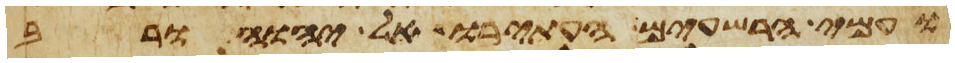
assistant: ועמי הרשעים העתירו אל יהוה ורב